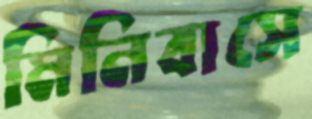
মিনিবাসে